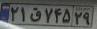
۲۱ق۷۴۵۲۹